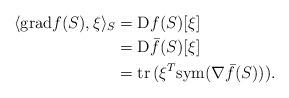
LaTeX: \begin{align*}\langle {\rm grad} f (S), \xi \rangle_S &= {\rm D}f(S)[\xi] \\&= {\rm D}\bar{f}(S)[\xi] \\&= {\rm tr}\, (\xi^T {\rm sym}(\nabla \bar{f}(S)) ). \end{align*}